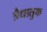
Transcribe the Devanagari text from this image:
त्रैधातुक